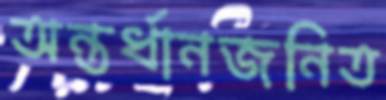
অন্তর্ধানজনিত